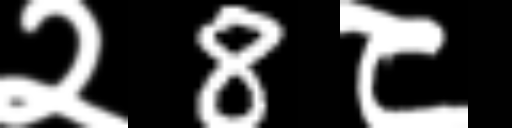
Text: २8८